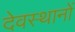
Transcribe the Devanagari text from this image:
देवस्‍थानों